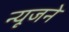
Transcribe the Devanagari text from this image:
न्यूजने